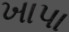
ખાપા